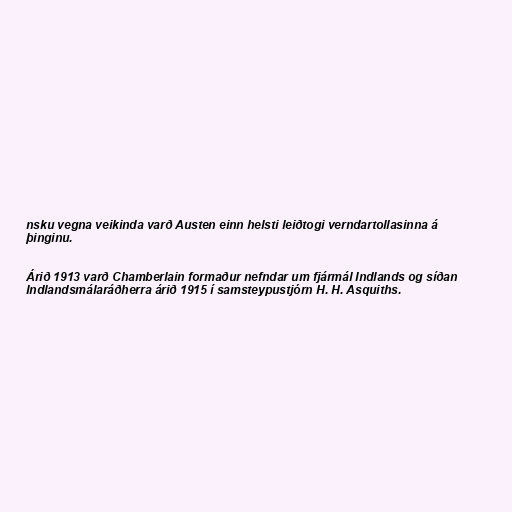
nsku vegna veikinda varð Austen einn helsti leiðtogi verndartollasinna á
þinginu.

Árið 1913 varð Chamberlain formaður nefndar um fjármál Indlands og síðan
Indlandsmálaráðherra árið 1915 í samsteypustjórn H. H. Asquiths.